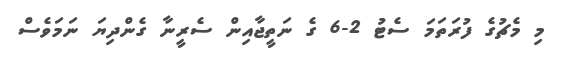
މި މެޗުގެ ފުރަތަމަ ސެޓު 2-6 ގެ ނަތީޖާއިން ސެރީނާ ގެންދިޔަ ނަމަވެސް